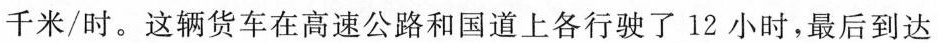
千米/时。这辆货车在高速公路和国道上各行驶了12小时，最后到达